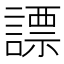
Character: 謤